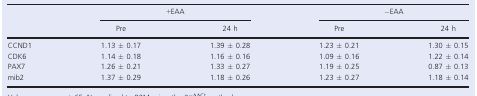
<table><thead><tr><td rowspan="2"></td><td colspan="2"><b>+EAA</b></td><td colspan="2"><b>−EAA</b></td></tr><tr><td><b>Pre</b></td><td><b>24 h</b></td><td><b>Pre</b></td><td><b>24 h</b></td></tr></thead><tbody><tr><td>CCND1</td><td>1.13 ± 0.17</td><td>1.39 ± 0.28</td><td>1.23 ± 0.21</td><td>1.30 ± 0.15</td></tr><tr><td>CDK6</td><td>1.14 ± 0.18</td><td>1.16 ± 0.16</td><td>1.09 ± 0.16</td><td>1.22 ± 0.14</td></tr><tr><td>PAX7</td><td>1.26 ± 0.21</td><td>1.33 ± 0.27</td><td>1.19 ± 0.25</td><td>0.87 ± 0.13</td></tr><tr><td>mib2</td><td>1.37 ± 0.29</td><td>1.18 ± 0.26</td><td>1.23 ± 0.27</td><td>1.18 ± 0.14</td></tr></tbody></table>